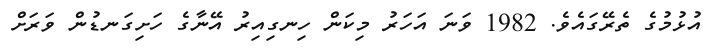
އުޅުމުގެ ތެރޭގައެވެ. 1982 ވަނަ އަހަރު މިކަން ހިނގިއިރު އޭނާގެ ހަށިގަނޑުން ވަރަށް